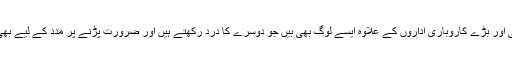
یورپ میں سیاسی اور بڑے کاروباری اداروں کے علاوہ ایسے لوگ بھی ہیں جو دوسرے کا درد رکھتے ہیں اور ضرورت پڑنے پر مدد کے لیے بھی تیار رہتے ہیں۔